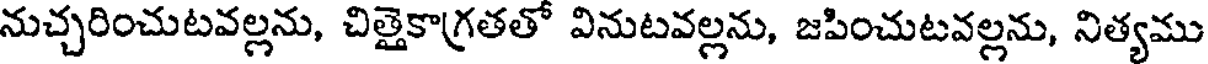
నుచ్చరించుటవల్లను, చిత్తైకాగ్రతతో వినుటవల్లను, జపించుటవల్లను, నిత్యము